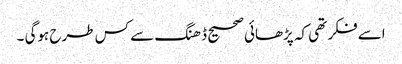
اسے فکر تھی کہ پڑھائی صحیح ڈھنگ سے کس طرح ہوگی ۔